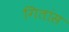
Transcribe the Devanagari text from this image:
गितांस